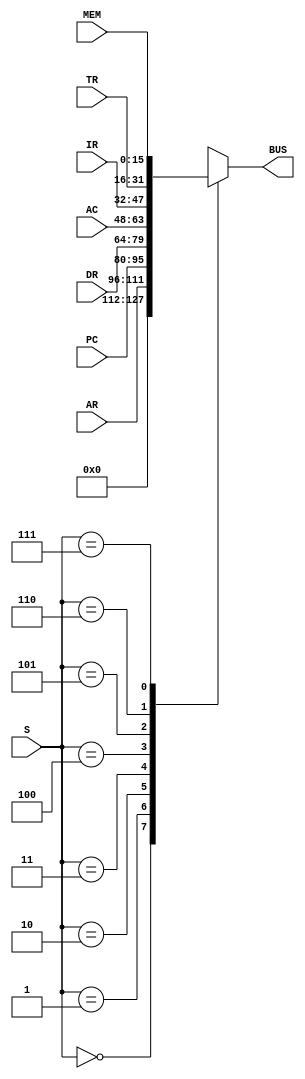
`timescale 1ns / 1ps
//////////////////////////////////////////////////////////////////////////////////
// Company: 
// Engineer: 
// 
// Design Name: 
// Module Name: mux
// Project Name: 
// Target Devices: 
// Tool Versions: 
// Description: 
// 
// Dependencies: 
// 
// Revision:
// Revision 0.01 - File Created
// Additional Comments:
// 
//////////////////////////////////////////////////////////////////////////////////


module mux(AR,PC,DR,AC,IR,TR,MEM,S,BUS);
input [15:0] DR,AC,IR,TR,MEM;
input [15:0] AR,PC;
input [2:0] S;
output reg [15:0] BUS;
always@(S)
begin
case(S)
3'b000:BUS=0;
3'b001:BUS=AR;
3'b010:BUS=PC;
3'b011:BUS=DR;
3'b100:BUS=AC;
3'b101:BUS=IR;
3'b110:BUS=TR;
3'b111:BUS=MEM;
default : BUS = 0;
endcase
end
endmodule